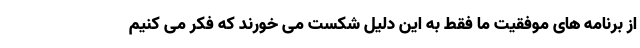
از برنامه های موفقیت ما فقط به این دلیل شکست می خورند که فکر می کنیم